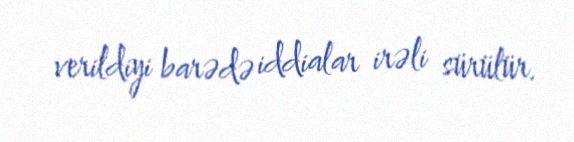
verildiyi barədə iddialar irəli sürülür.